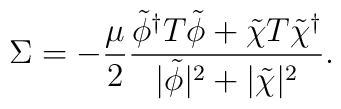
\Sigma = -{\mu \over 2}{\tilde \phi^\dagger T \tilde \phi + \tilde \chi T \tilde \chi^\dagger \over |\tilde \phi|^2+|\tilde \chi|^2 } .